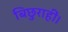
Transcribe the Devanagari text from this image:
बिछुराहीं।